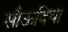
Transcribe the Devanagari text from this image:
सौऊदिया